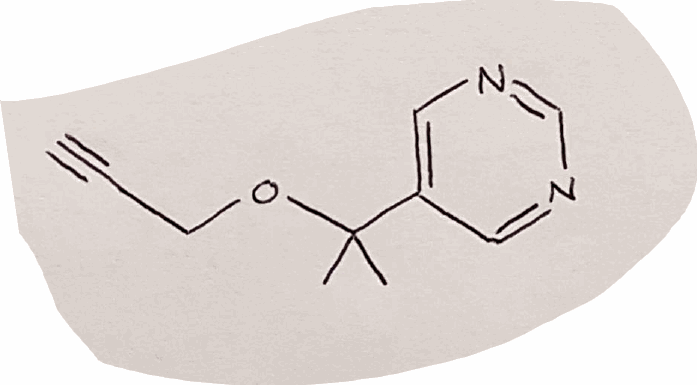
Simplified molecular-input line-entry system (SMILES) notation of the given molecule:
CC(C)(C1=CN=CN=C1)OCC#C